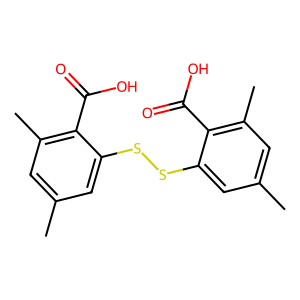
SMILES: Cc1cc(C)c(C(=O)O)c(SSc2cc(C)cc(C)c2C(=O)O)c1
Inhibits HIV replication: Yes